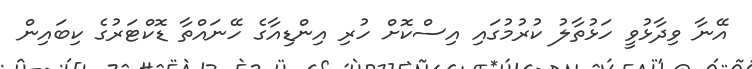
އޭނާ ވިދާޅުވީ ހަޅުތާލު ކުރުމުގައި އިސްކޮށް ހުރި އިންޑިއާގެ ހޭނައްތާ ޑޮކްޓަރުގެ ކިބައިން